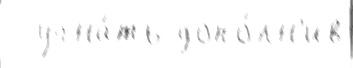
  угна́ть допо́лн'ив